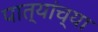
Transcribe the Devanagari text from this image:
पात्यांच्या